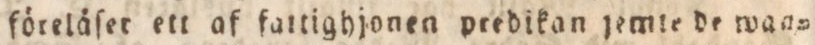
föreläſer ett af fattighjonen predikan jemte de wan=